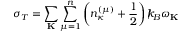
\sigma _ { T } = \sum _ { \bf K } \sum _ { \mu = 1 } ^ { n } \left( n _ { \kappa } ^ { ( \mu ) } + \frac { 1 } { 2 } \right) { \slash \! \! \! k } _ { \! { B } } \omega _ { \bf K }